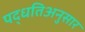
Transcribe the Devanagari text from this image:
पद्धतिअनुसार